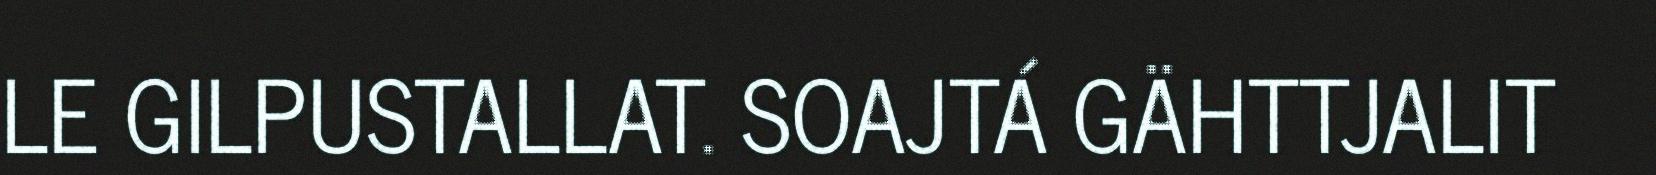
LE GILPUSTALLAT. SOAJTÁ GÄHTTJALIT